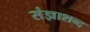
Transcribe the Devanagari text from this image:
संज्ञाशब्द